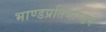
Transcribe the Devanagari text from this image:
भाण्डप्रतिभाण्डम